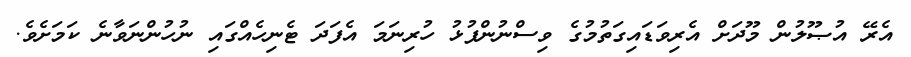
އެރޭ އުޞޫލުން މޫދަށް އެރިވަޑައިގަތުމުގެ ވިސްނުންފުޅު ހުރިނަމަ އެފަދަ ޓެނިހެއްގައި ނުހުންނަވާނެ ކަަމަށެވެ.